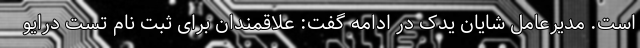
است. مدیرعامل شایان یدک در ادامه گفت: علاقمندان برای ثبت نام تست درایو